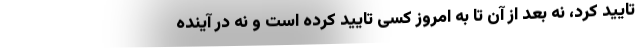
تایید کرد، نه بعد از آن تا به امروز کسی تایید کرده است و نه در آینده